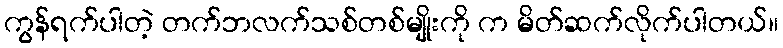
ကွန်ရက်ပါတဲ့ တက်ဘလက်သစ်တစ်မျိုးကို က မိတ်ဆက်လိုက်ပါတယ်။